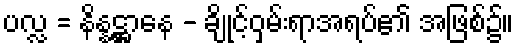
ပလ္လ = နိန္နဋ္ဌာနေ - ချိုင့်ဝှမ်းရာအရပ်၏ အဖြစ်၌။